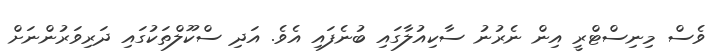
ވެސް މިނިސްޓްރީ އިން ނެރުނު ސާކިއުލާގައި ބުނެފައި އެވެ. އަދި ސްކޫލްތަކުގައި ދަރިވަރުންނަށް